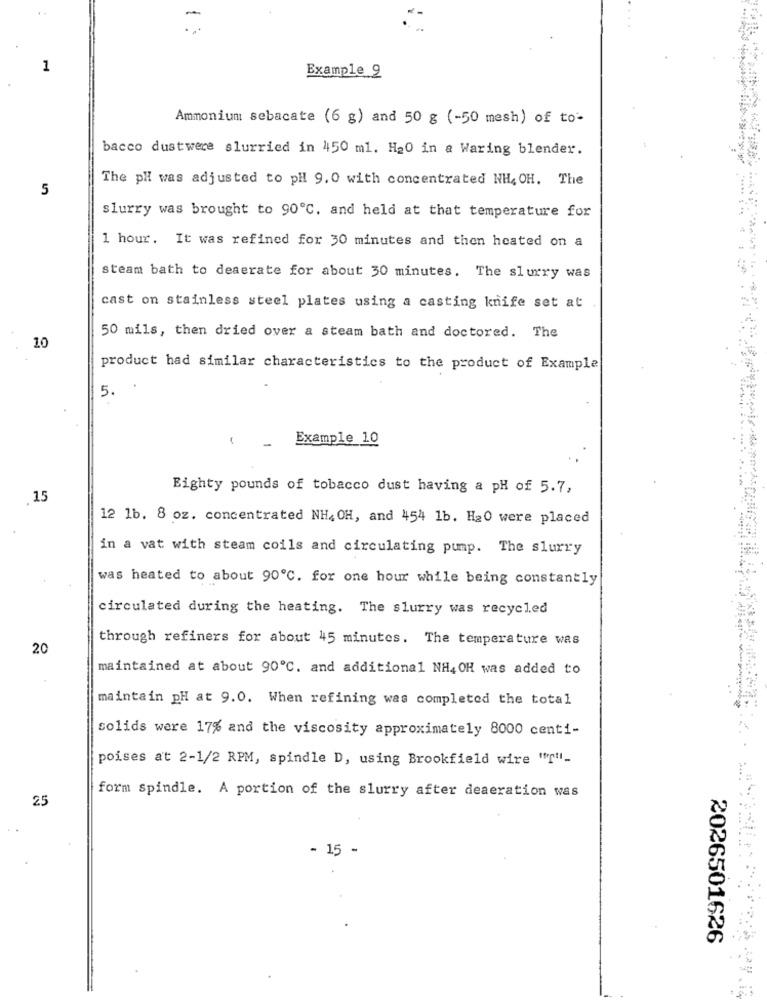
1
Example 9
Ammonium sebacate (6 g) and 50 g (-50 mesh) of to-
bacco dustwere slurried in 450 ml. H20 in a Waring blender.
The pH was adjusted to pH 9.0 with concentrated NH4 OH, The
5
slurry was brought to 90℃. and held at that temperature for
1 hour. It was refined for 30 minutes and then heated on a
steam bath to deaerate for about 30 minutes. The slurry was
cast on stainless steel plates using a casting knife set at
50 mils, then dried over a steam bath and doctored. The
10
product had similar characteristics to the product of Example
5.
Example 10
Eighty pounds of tobacco dust having a pH of 5.7,
15
12 1b. 8 oz. concentrated NH4 OH, and 454 1b. H20 were placed
in a vat with steam coils and circulating pump. The slurry
was heated to about 90℃. for one hour while being constantly
circulated during the heating. The slurry was recycled
through refiners for about 45 minutes. The temperature was
20
maintained at about 90℃. and additional NH4 OH was added to
maintain pH at 9.0. When refining was completed the total
solids were 17% and the viscosity approximately 8000 centi-
poises at 2-1/2 RPM, spindle D, using Brookfield wire ""-
form spindle. A portion of the slurry after deaeration was
25
- 15 -
2026501626